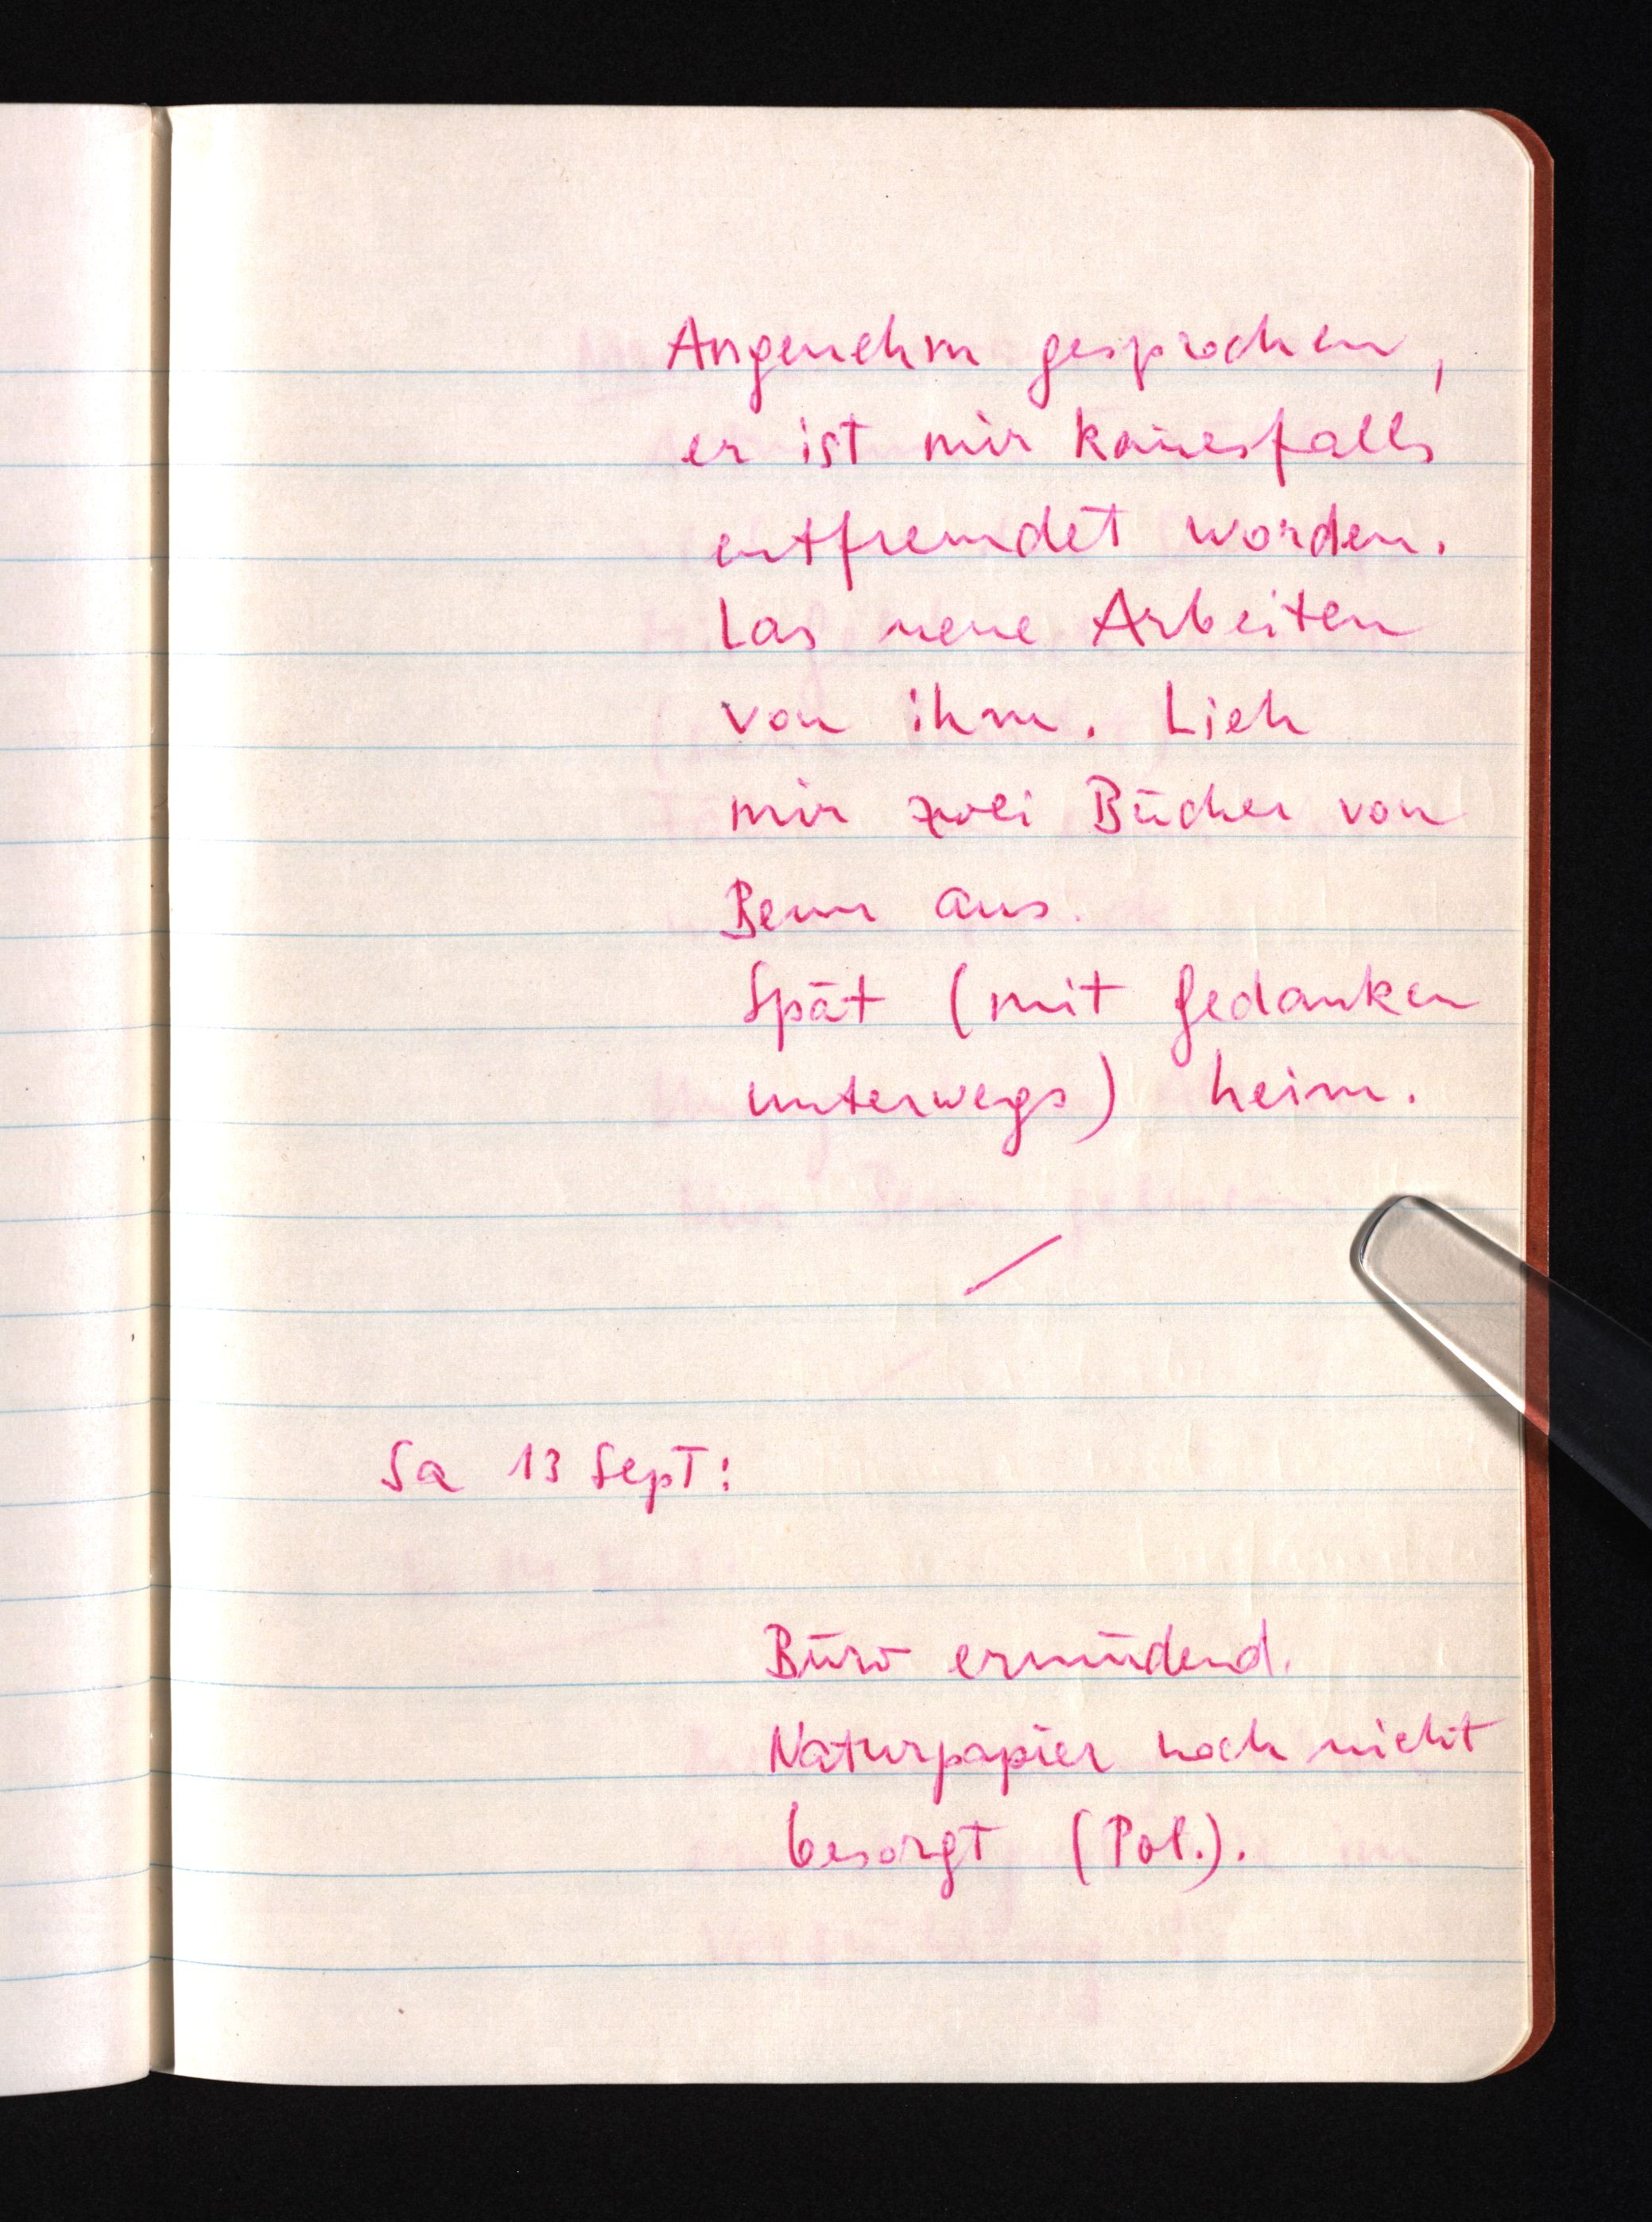
Angenehm gesprochen,
er ist mir keinesfalls
entfremdet worden.
Las neue Arbeiten
von ihm. Lieh
mir zwei Bücher von
Benn aus.
Spät (mit Gedanken
unterwegs) heim.
Sa 13 Sept:
Büro ermüdend.
Naturpapier noch nicht
besorgt (Pol.).